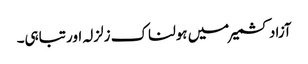
آزاد کشمیر میں ہولناک زلزلہ اور تباہی۔